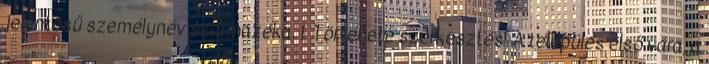
jelentésű személynév származéka. 1 Története szerkesztés A település első vára, a